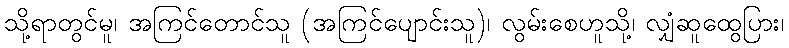
သို့ရာတွင်မူ၊ အကြင်တောင်သူ (အကြင်ပျောင်းသူ)၊ လွမ်းစေဟူသို့၊ လျှံဆူထွေပြား၊